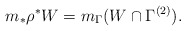
\begin{align*} m_*\rho^*W =m_\Gamma(W\cap \Gamma^{(2)}).\end{align*}